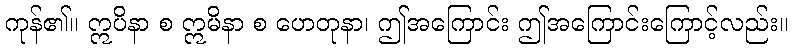
ကုန်၏။ ဣပိနာ စ ဣမိနာ စ ဟေတုနာ၊ ဤအကြောင်း ဤအကြောင်းကြောင့်လည်း။